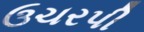
ઉચરપી